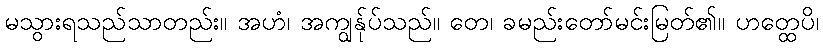
မသွားရသည်သာတည်း။ အဟံ၊ အကျွန်ုပ်သည်။ တေ၊ ခမည်းတော်မင်းမြတ်၏။ ဟတ္ထေပိ၊